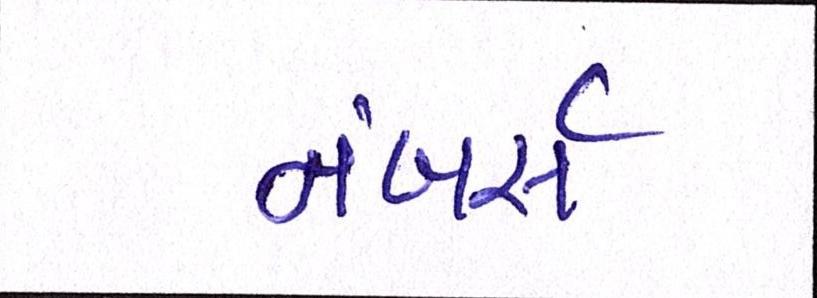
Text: નંબર્સ